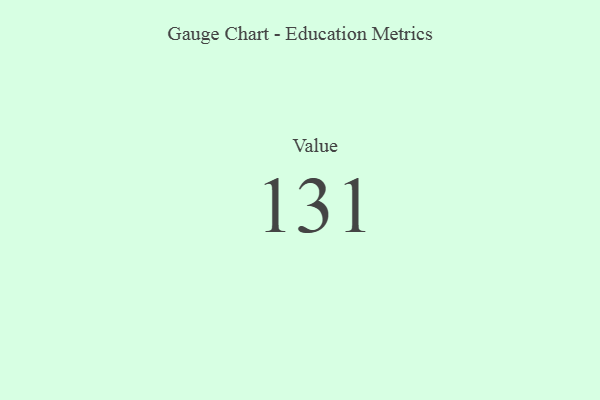
{"axis": {"x": "Metric", "y": "Value"}, "legend": [""], "data": [{"x": "Value", "y": 131, "type": ""}]}